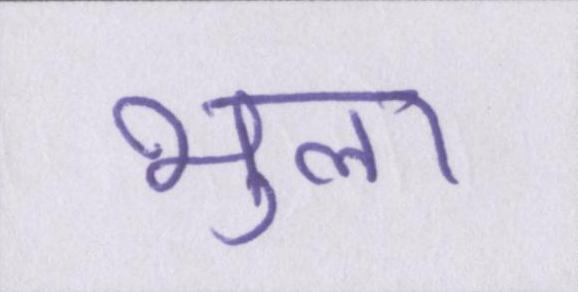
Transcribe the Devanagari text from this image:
भुला